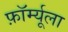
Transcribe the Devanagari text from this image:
फ़ॉर्म्यूला